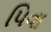
પિવા